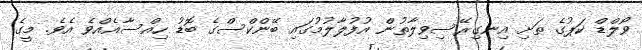
ވޯލްޑް ކަޕުގެ ތަށި އިނގިރޭސިވިލާތުން އުފުލާލުމުގައި ބޭންކްސްގެ ބޮޑު ހިއްސާއެއްވެ އެވެ. މީގެ